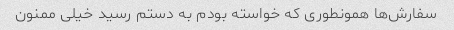
سفارش‌ها همونطوری که خواسته بودم به دستم رسید خیلی ممنون